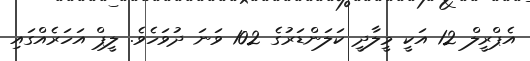
އެޕްރީލް 12 އަކީ މީލާދީ ކަލަންޑަރުގެ 102 ވަނަ ދުވަހެވެ. ލީޕް އަހަރެއްގައި